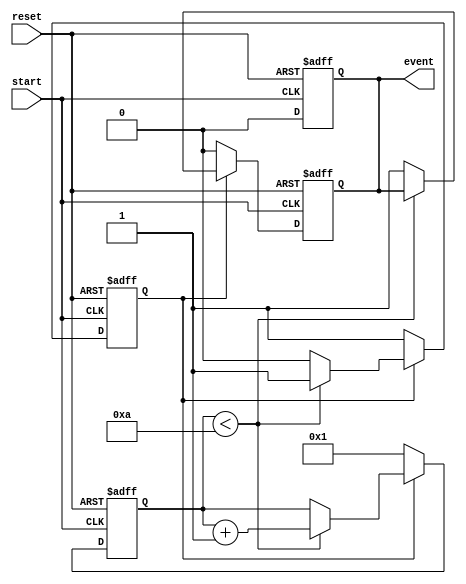
module timer_event_control #(
    parameter TIME_INTERVAL = 10  // Time interval in simulation time units
)(
    input wire start,              // Start signal
    input wire reset,              // Reset signal
    output reg event               // Event signal
);

    reg [31:0] counter;            // Timer counter
    reg counting;                  // Counting state flag

    // Always block to handle timer behavior
    always @(posedge start or posedge reset) begin
        if (reset) begin
            counter <= 0;          // Reset the counter
            event <= 0;            // Clear the event signal
            counting <= 0;          // Stop counting
        end else if (counting) begin
            if (counter < TIME_INTERVAL) begin
                counter <= counter + 1; // Increment counter
            end else begin
                event <= 1;          // Trigger event when time interval is reached
                counting <= 0;       // Stop counting
            end
        end else begin
            // If not counting and start is asserted, initiate counting
            counting <= 1;           // Start counting
            counter <= 1;            // Initialize counter to 1 (to count the current time unit)
            event <= 0;              // Ensure event is low on start
        end
    end

    // Always block to handle event duration and reset on new start
    always @(posedge start or posedge reset) begin
        if (reset) begin
            event <= 0;              // Clear event signal on reset
        end else if (event) begin
            // Event remains high for a single cycle after reaching TIME_INTERVAL
            event <= 0;              // Reset event signal after one cycle
        end
    end

endmodule